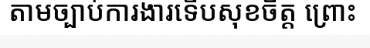
តាមច្បាប់ការងារទើបសុខចិត្ត ព្រោះ